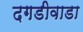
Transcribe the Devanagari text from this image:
दगडीवाडा